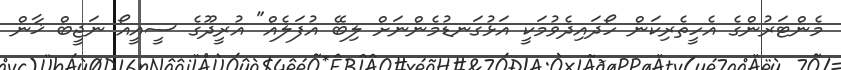
މެންޓަރުންގެ އެހީތެރިކަން ހޯދައިދެވުމަކީ އަޅުގަނޑުމެންނަށް ލިބޭ އުފަލެއް" އުރީދޫގެ ސީއީއޯ ނަޖީބް ޚާން